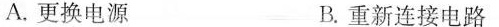
A.更换电源 B.重新连接电路